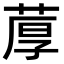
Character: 𫈢